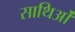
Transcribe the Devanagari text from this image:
साथिओं